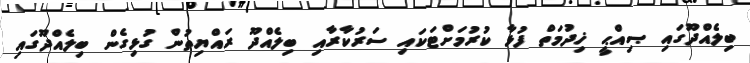
ބިލެއްދޫގައި ޞިއްޙީ ޚިދުމަތް ފުޅާ ކުރުމަށްޓަކައި ސަރުކާރާއި ބިލެއްދޫ ރައްޔިތުން ގުޅިގެން ބިލެއްދޫގައި